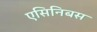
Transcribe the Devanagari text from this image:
एसिनिबस